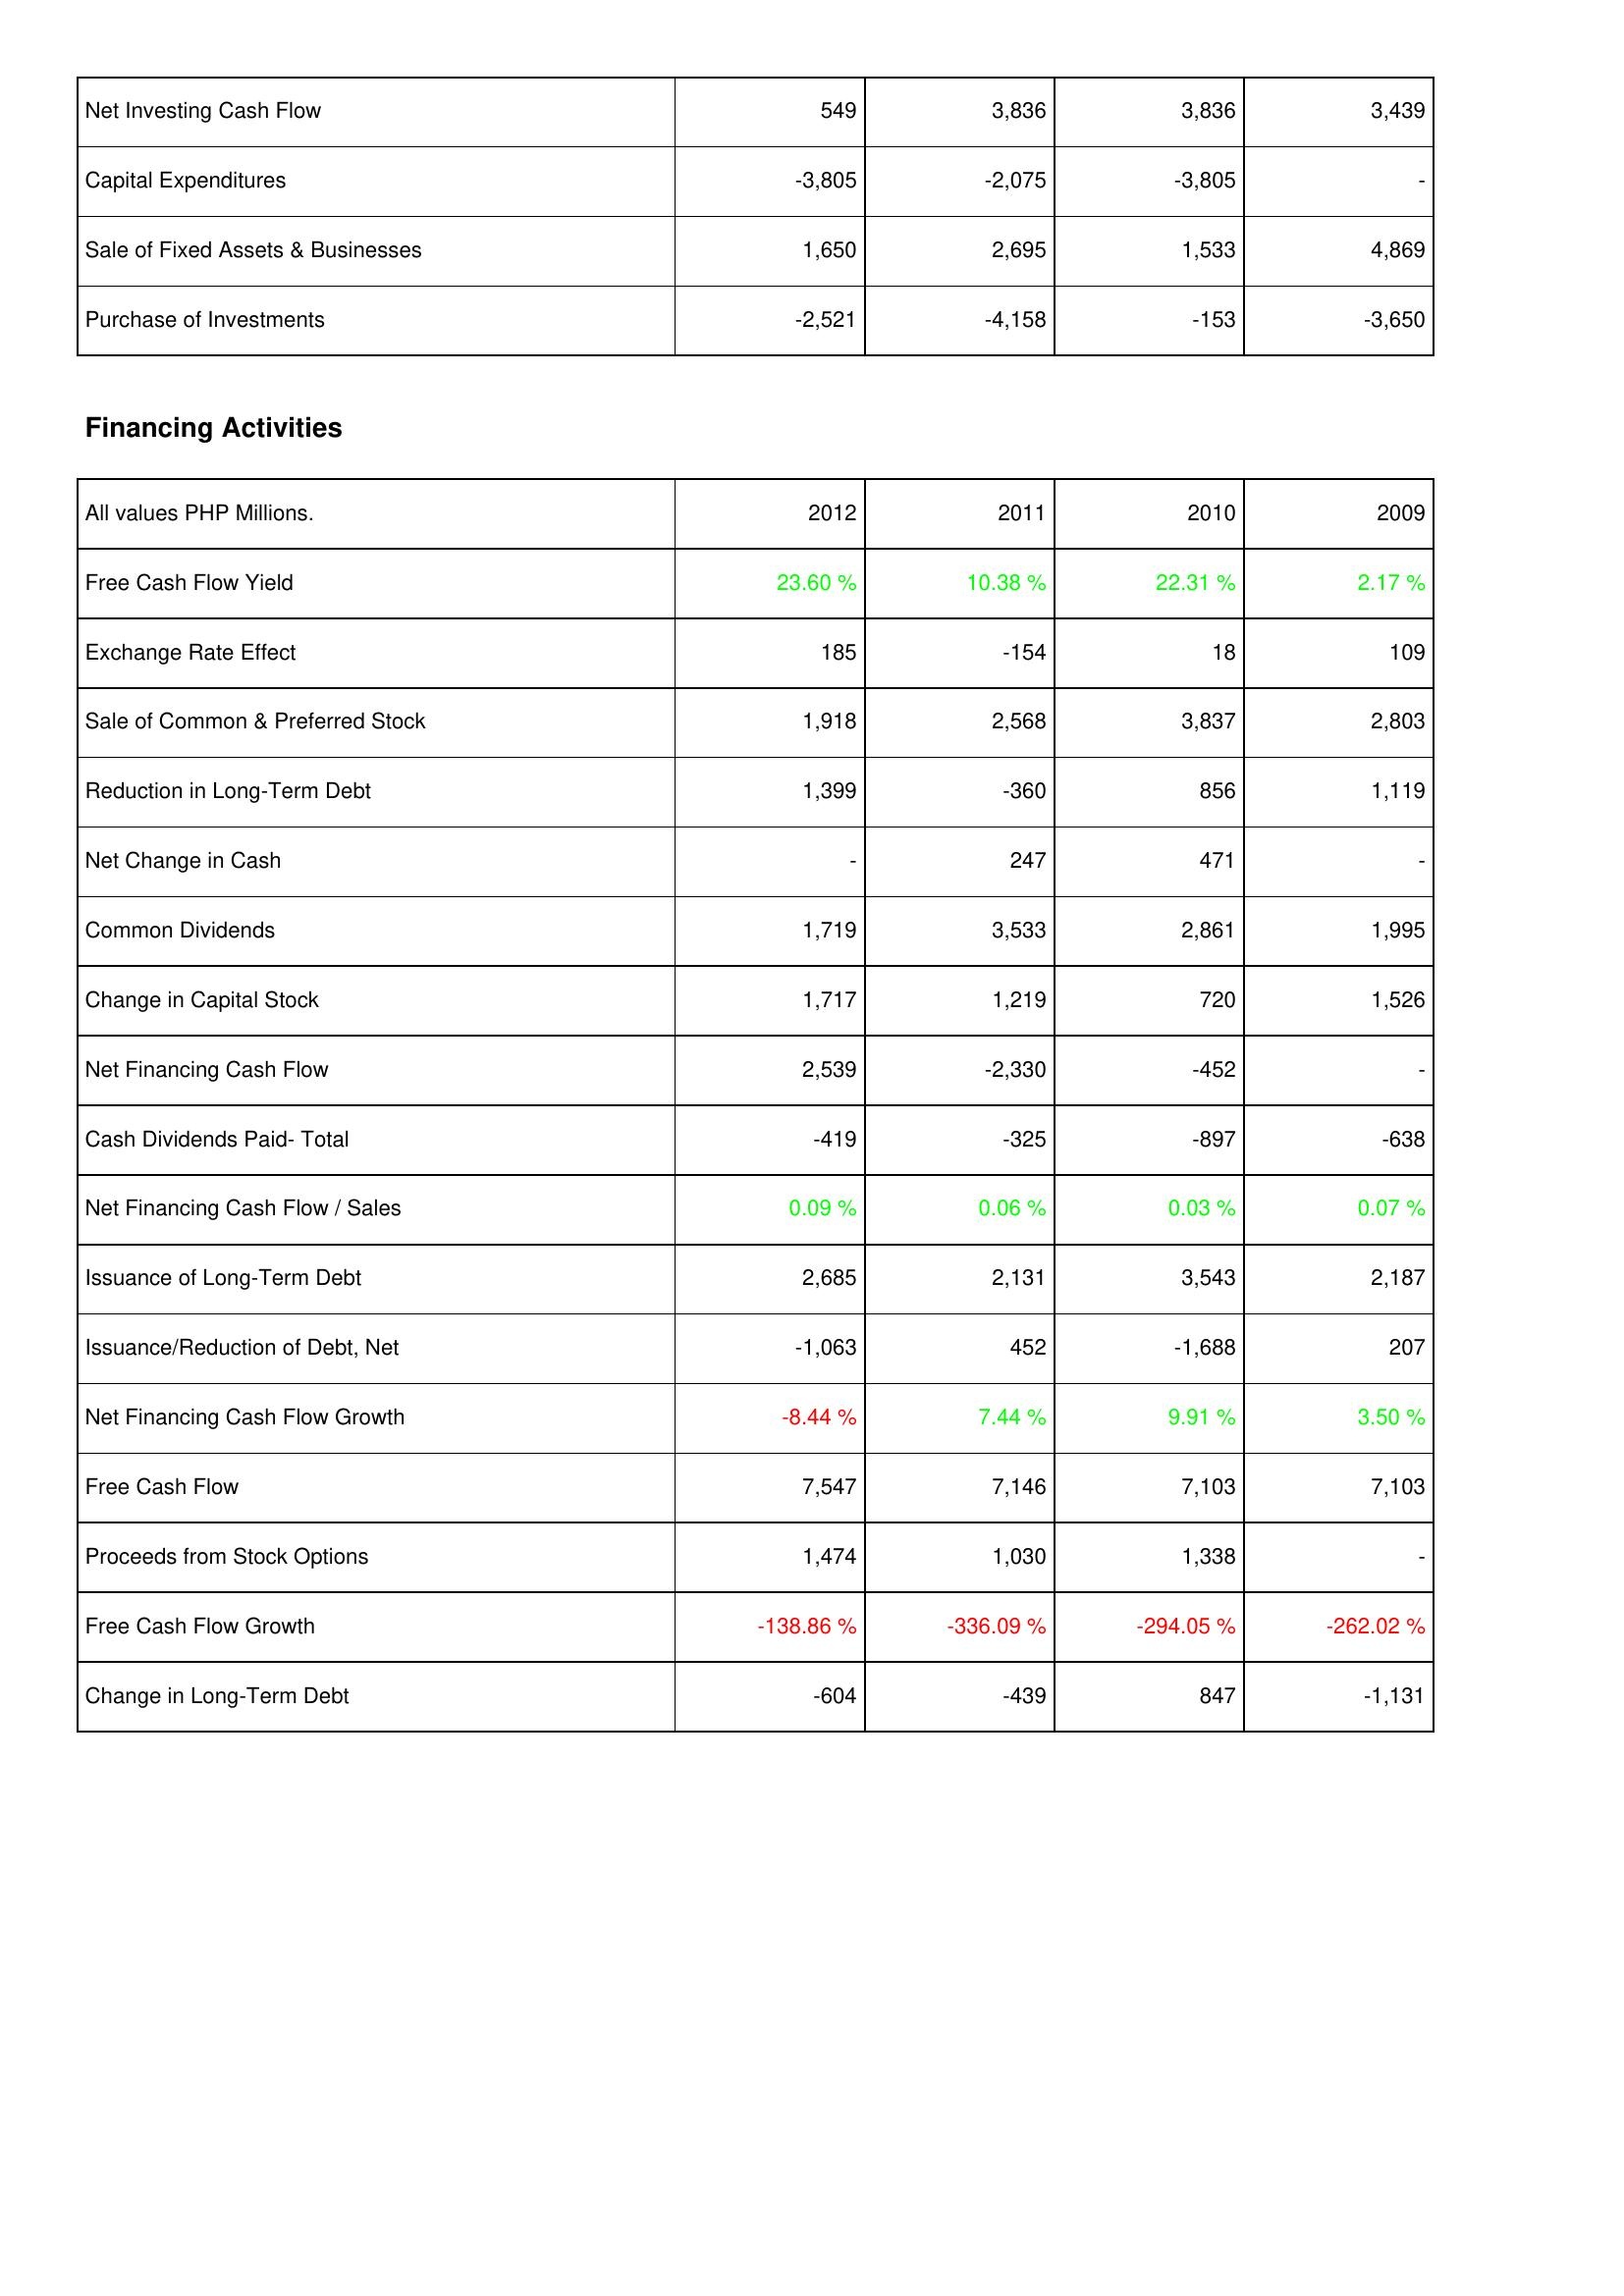
2012: Investing Activities: Net Investing Cash Flow: 549
Capital Expenditures: -3,805
Sale of Fixed Assets & Businesses: 1,650
Purchase of Investments: -2,521
Financing Activities: Free Cash Flow Yield: 23.60 %
Exchange Rate Effect: 185
Sale of Common & Preferred Stock: 1,918
Reduction in Long-Term Debt: 1,399
Net Change in Cash: -
Common Dividends: 1,719
Change in Capital Stock: 1,717
Net Financing Cash Flow: 2,539
Cash Dividends Paid- Total: -419
Net Financing Cash Flow / Sales: 0.09 %
Issuance of Long-Term Debt: 2,685
Issuance/Reduction of Debt, Net: -1,063
Net Financing Cash Flow Growth: -8.44 %
Free Cash Flow: 7,547
Proceeds from Stock Options: 1,474
Free Cash Flow Growth: -138.86 %
Change in Long-Term Debt: -604
2011: Investing Activities: Net Investing Cash Flow: 3,836
Capital Expenditures: -2,075
Sale of Fixed Assets & Businesses: 2,695
Purchase of Investments: -4,158
Financing Activities: Free Cash Flow Yield: 10.38 %
Exchange Rate Effect: -154
Sale of Common & Preferred Stock: 2,568
Reduction in Long-Term Debt: -360
Net Change in Cash: 247
Common Dividends: 3,533
Change in Capital Stock: 1,219
Net Financing Cash Flow: -2,330
Cash Dividends Paid- Total: -325
Net Financing Cash Flow / Sales: 0.06 %
Issuance of Long-Term Debt: 2,131
Issuance/Reduction of Debt, Net: 452
Net Financing Cash Flow Growth: 7.44 %
Free Cash Flow: 7,146
Proceeds from Stock Options: 1,030
Free Cash Flow Growth: -336.09 %
Change in Long-Term Debt: -439
2010: Investing Activities: Net Investing Cash Flow: 3,836
Capital Expenditures: -3,805
Sale of Fixed Assets & Businesses: 1,533
Purchase of Investments: -153
Financing Activities: Free Cash Flow Yield: 22.31 %
Exchange Rate Effect: 18
Sale of Common & Preferred Stock: 3,837
Reduction in Long-Term Debt: 856
Net Change in Cash: 471
Common Dividends: 2,861
Change in Capital Stock: 720
Net Financing Cash Flow: -452
Cash Dividends Paid- Total: -897
Net Financing Cash Flow / Sales: 0.03 %
Issuance of Long-Term Debt: 3,543
Issuance/Reduction of Debt, Net: -1,688
Net Financing Cash Flow Growth: 9.91 %
Free Cash Flow: 7,103
Proceeds from Stock Options: 1,338
Free Cash Flow Growth: -294.05 %
Change in Long-Term Debt: 847
2009: Investing Activities: Net Investing Cash Flow: 3,439
Capital Expenditures: -
Sale of Fixed Assets & Businesses: 4,869
Purchase of Investments: -3,650
Financing Activities: Free Cash Flow Yield: 2.17 %
Exchange Rate Effect: 109
Sale of Common & Preferred Stock: 2,803
Reduction in Long-Term Debt: 1,119
Net Change in Cash: -
Common Dividends: 1,995
Change in Capital Stock: 1,526
Net Financing Cash Flow: -
Cash Dividends Paid- Total: -638
Net Financing Cash Flow / Sales: 0.07 %
Issuance of Long-Term Debt: 2,187
Issuance/Reduction of Debt, Net: 207
Net Financing Cash Flow Growth: 3.50 %
Free Cash Flow: 7,103
Proceeds from Stock Options: -
Free Cash Flow Growth: -262.02 %
Change in Long-Term Debt: -1,131